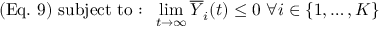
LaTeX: ( { \mathrm { E q . ~ } } 9 ) { \mathrm { ~ } } { \mathrm { s u b j e c t ~ t o : ~ } } \operatorname* { l i m } _ { t \rightarrow \infty } { \overline { { Y } } } _ { i } ( t ) \leq 0 { \mathrm { ~ } } \forall i \in \{ 1 , \ldots , K \}